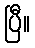
ပြီ။